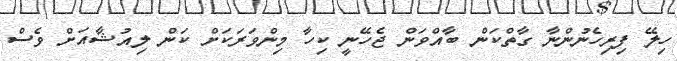
ހިލޭ ފިރިހެނުންނާ ގާތްކަން ބާއްވަން ޖެހޭނީ ކިހާ މިންވަރަކަށް ކަން ލިއުޝާއަށް ވެސް